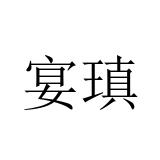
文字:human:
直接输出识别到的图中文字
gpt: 宴瑱